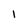
Character: 1